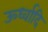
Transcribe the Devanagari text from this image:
ऊर्ध्वादि